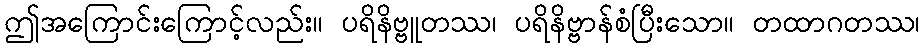
ဤအကြောင်းကြောင့်လည်း။ ပရိနိဗ္ဗူတဿ၊ ပရိနိဗ္ဗာန်စံပြီးသော။ တထာဂတဿ၊